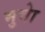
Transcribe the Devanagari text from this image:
भुत्तेा